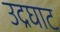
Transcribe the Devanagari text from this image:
उद्रघाट